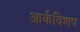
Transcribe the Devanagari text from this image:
आर्कविशप